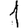
Digit: 1